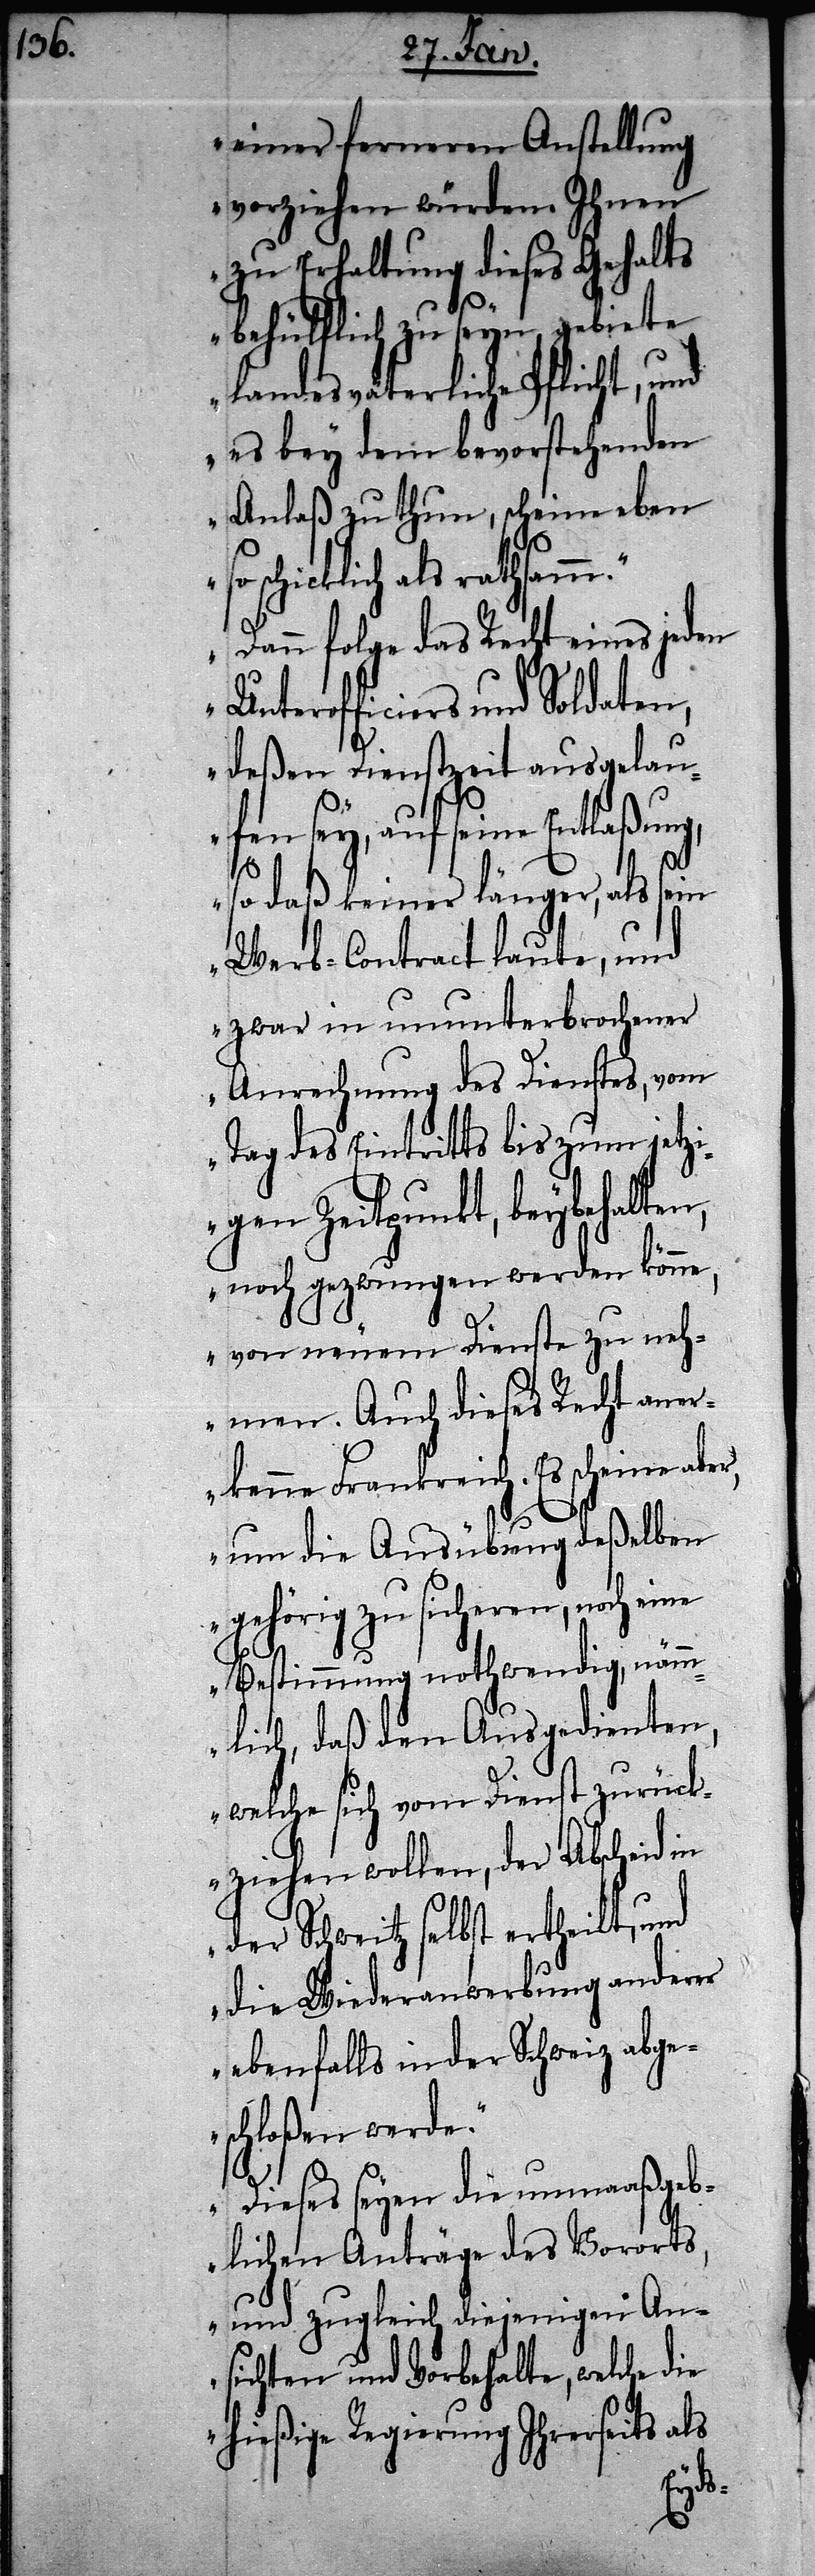
einer ferneren Anstellung
vorziehen würden. Ihnen
zu Erhaltung dieses Gehalts
behülflich zu seyn, gebiete
landesväterliche Pflicht, und
es bey dem bevorstehenden
Anlaß zu thun, scheine eben
schicklich als rath¬
Dann folge das Recht eines jeden
Unterofficiers und Soldaten,
deßen Dienstzeit ausgelau¬
fen sey, auf seine Entlaßung,
so daß keiner länger, als sein
Werb-Contract laute, und
zwar in ununterbrochener
Anrechnung des Dienstes, vom
Tag des Eintritts bis zum jetzi¬
gen Zeitpunkt, beybehalten,
noch gezwungen werden könne,
von neuem Dienste zu neh¬
men. Auch dieses Recht aner¬
kenne Frankreich, Es scheine
um die Ausübung deßelben
gehörig zu sicheren, noch eine
Bestimmung nothwendig, nämm¬
lich, daß den Ausgedienten,
welche sich vom Dienst zurück¬
ziehen wollen, der Abscheid in
Schweitz selbst ertheilt, und
die Wiederanwerbung anderer
ebenfalls in der Schweiz abge¬
schloßen werde.
Dieses seyen die unmaaßgeb¬
lichen Anträge des Vororts,
und zugleich diejenigen An¬
sichten und Vorbehalte, welche die
hießige Regierung Ihrerseits als
samm.